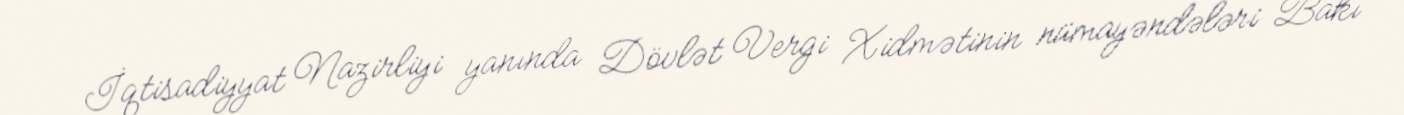
İqtisadiyyat Nazirliyi yanında Dövlət Vergi Xidmətinin nümayəndələri Bakı